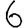
Digit: 6